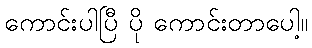
ကောင်းပါပြီ ပို ကောင်းတာပေါ့။